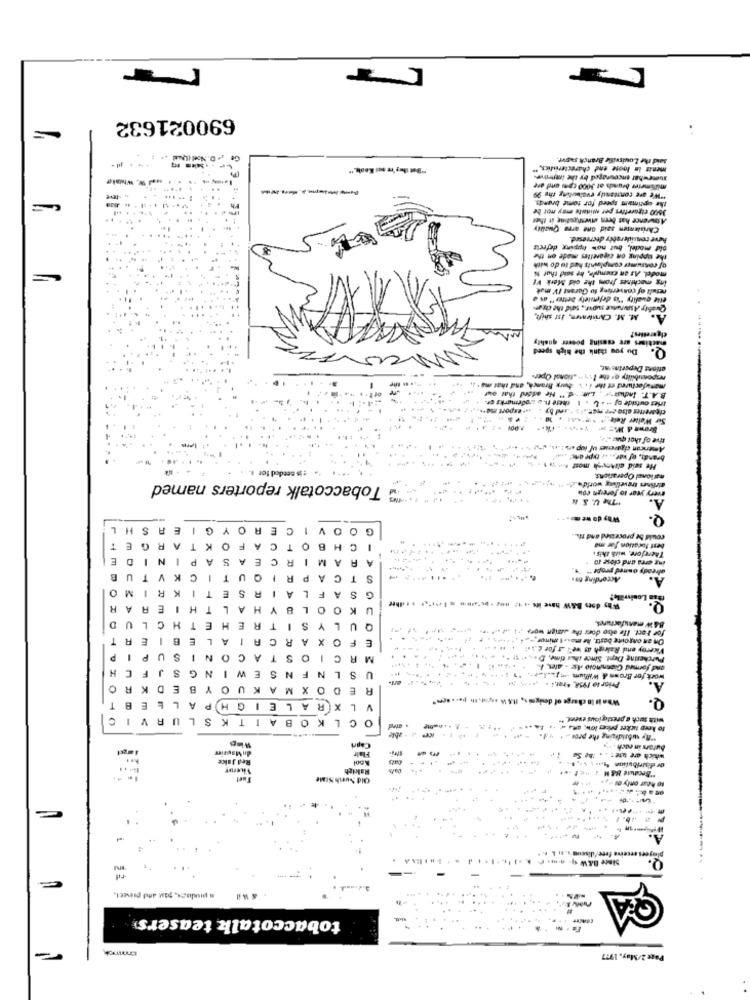
690021632
said the Louisville Branch sagvr.
"Bet ilus're sul Keah."
menis in loose end characteristics,"
sumewhat encouraged by the improve-
millmeier brands at 3000 cp-mi and are
.. ...
-
the optimum speed for some brands.
"We are constantly evaluating thy 99
3500 cigarettes per minute may not be
.....
Christensen said ont arne Quality
have consideratiy decreased.
oid model, but now hipping defects
the tipping on cigarettes made on the
of consumer complaints hed to do with
model. As an cremple, he said that 1
ing machines from the old Merk VI
result of converting to Garant IV mak
elle quality "is defmulely better" as
Quality Aswwie suow ., said the char
machines are coming poseer quality
cigarettes?
Du you think the high speed
Q.
ations Deperias at.
newportbility of the 1v1 .. . tional Opers
manufactured et the i. burg Branch, and that ma' i,
.....
Inet outside of - - L . I chere n. a arodrmarks er.
B.A.T. Indus"we , Lin: d." He added that ouf
Sir Walter Roir -.. .. . 24
tive of that que 't,
American cigarenes of lop ars !. th.
brands, of war .. .. type one! .
is needed for
He seid cltrush most her
nurionel Operations,
Tobaccotalk reporters named
every year to foreign coi
drfinns travelling worlda.d.
"The U. S N
A.
Q.
G
OY
A
E
C
1
V
GO
could be processed and m.
K
O
F
A
C
T
O
B
H
C
1
best location for ma
A
S
A
E
C
R
M
A
A
Therefore, with this
ing orra and close io
already owned prope "
B
V
K
T
U
R
P
A
C
T
S
According to.
A.
C
M
R
K
T
E
5
R
A
L
F
A
S
G
Ga Louisville?
A
E
T
L
A
H
Y
L
K
U
-
BAW manufactures,
L
C
H
E
H
E
R
T
S
Y
U
for Fact. Ile olso does the user wor. .
E
L
A
1
A
C
R
A
0
F
E
On an ongoing bastr, he ma .. t minor-
Viceroy end Raleigh as well as for e .. ..
P
P
U
S
N
C
A
T
C
R
M
. .
Purchasing Dept. Since ahar time, D.
H
J
S
and formed Gianninolo Ase - alex, I ..
F
N
W
E
S
N
F
LN
S
U
work for Brown & Willum -. ......
K
D
E
Y
O
U
K
A
X M
O
E
RE
Wha it In charge of designis, 11.5 1h .p. h ..... Bem."
Q.
T
E
GH
GHP
E
VLXRAL
V L
V
R
S
T K
CLKOBA
O C
with such a prestigious event.
lo keep ticket prices low, ants . ..
· able
"By subridging the pros ..
Wip
Capri
butors in noch
Red Juice
du Maurier
Flair
which are uut
Kool
Rakigh
or distribuline
Old Surih StMe
to hear only o
Q.
plagees receive free/discus .. .. . .. .
& wil
tobaccotalk teasers
Page 2/May, 1977